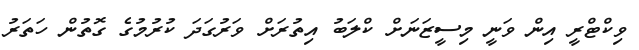
ވިކްޓްރީ އިން ވަނީ މިސީޒަނަށް ކްލަބު އިތުރަށް ވަރުގަދަ ކުރުމުގެ ގޮތުން ހަތަރު